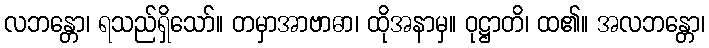
လဘန္တော၊ ရသည်ရှိသော်။ တမှာအာဗာဓာ၊ ထိုအနာမှ။ ဝုဋ္ဌာတိ၊ ထ၏။ အလဘန္တော၊